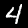
Label: 4